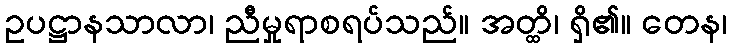
ဥပဋ္ဌာနသာလာ၊ ညီမှုရာစရပ်သည်။ အတ္ထိ၊ ရှိ၏။ တေန၊